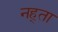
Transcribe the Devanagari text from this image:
नह्ता